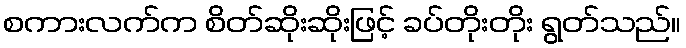
စကားလက်က စိတ်ဆိုးဆိုးဖြင့် ခပ်တိုးတိုး ရွတ်သည်။